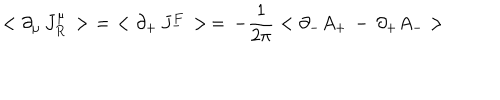
< \partial _ { \mu } \, J _ { R } ^ { \mu } \, > \, \, = \, \, < \partial _ { + } \, J _ { - } ^ { F } \, > \, = \, - { \frac { 1 } { 2 \pi } } < \partial _ { - } A _ { + } \, - \, \partial _ { + } A _ { - } >